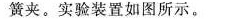
簧夹。实验装置如图所示。